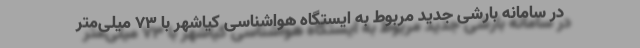
در سامانه بارشی جدید مربوط به ایستگاه هواشناسی کیاشهر با ۷۳ میلی‌متر